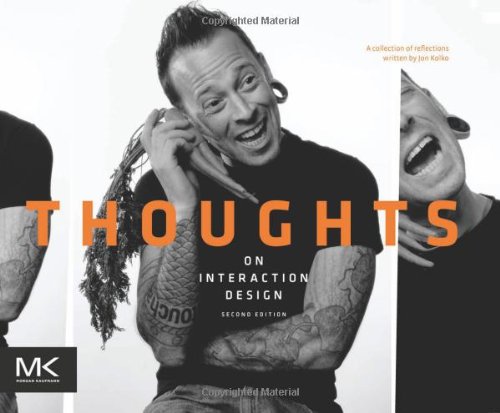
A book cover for Thoughts on Interaction Design, Second Edition; Jon Kolko; Computers & Technology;